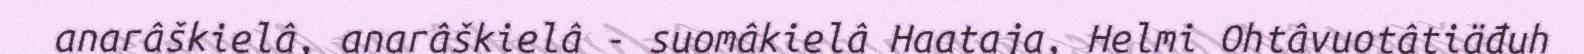
anarâškielâ, anarâškielâ - suomâkielâ Haataja, Helmi Ohtâvuotâtiäđuh